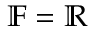
\mathbb { F } = \mathbb { R }